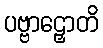
ပဗ္ဗာဠှောတိ